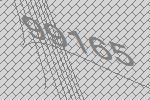
99165